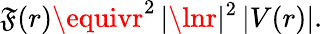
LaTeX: \mathfrak{F}(r)\equivr^{2}\, |\lnr|^{2}\, |V(r)|.